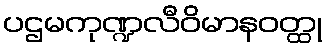
ပဌမကုဏ္ဍလီဝိမာနဝတ္ထု